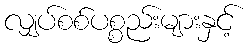
လျှပ်စစ်ပစ္စည်းများနှင့်